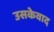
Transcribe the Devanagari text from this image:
उसकेवाद